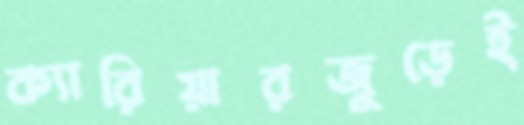
ক্যারিয়ারজুড়েই